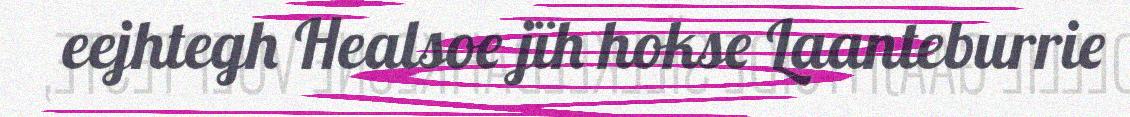
eejhtegh Healsoe jïh hokse Laanteburrie